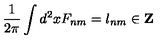
\frac 1 { 2 \pi } \int d ^ { 2 } x F _ { n m } = l _ { n m } \in { \bf Z }